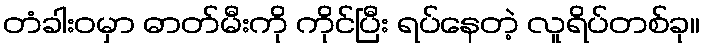
တံခါးဝမှာ ဓာတ်မီးကို ကိုင်ပြီး ရပ်နေတဲ့ လူရိပ်တစ်ခု။